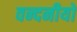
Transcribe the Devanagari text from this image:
वन्दनीयो